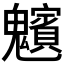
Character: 𩴸